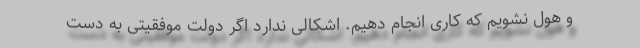
و هول نشویم که کاری انجام دهیم. اشکالی ندارد اگر دولت موفقیتی به دست